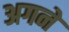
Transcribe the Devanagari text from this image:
अगने